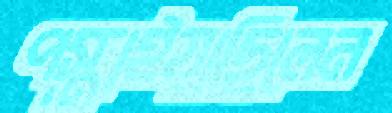
পস্তাইয়াছিলেন